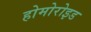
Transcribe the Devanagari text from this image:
होमोरोइड